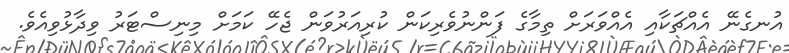
އުނގެނޭ އެއްޗަކާއި އެއްވަރަށް ތިމާގެ ފަންނުވެރިކަން ކުރިއަރުވަން ޖެހޭ ކަމަށް މިނިސްޓަރު ވިދާޅުވިއެވެ.